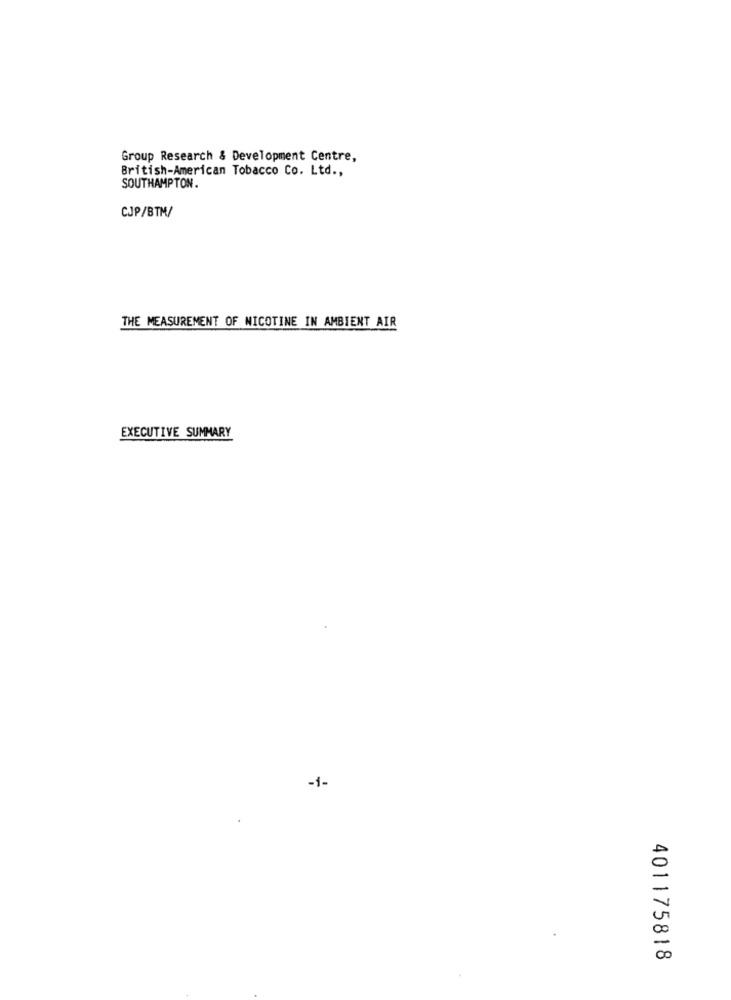
Group Research & Development Centre,
British-American Tobacco Co. Ltd .,
SOUTHAMPTON.
CJP/BTM/
THE MEASUREMENT OF NICOTINE IN AMBIENT AIR
EXECUTIVE SUMMARY
-1-
401175818